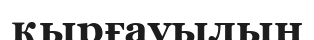
қырғауылын